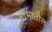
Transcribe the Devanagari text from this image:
स्तंभातील